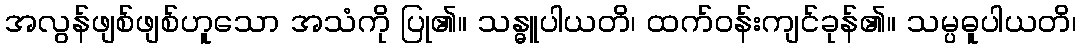
အလွန်ဖျစ်ဖျစ်ဟူသော အသံကို ပြု၏။ သန္ဓူပါယတိ၊ ထက်ဝန်းကျင်ခုန်၏။ သမ္ပဓူပါယတိ၊